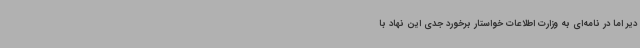
دیر اما در نامه‌ای به وزارت اطلاعات خواستار برخورد جدی این نهاد با